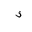
Letter: _thal